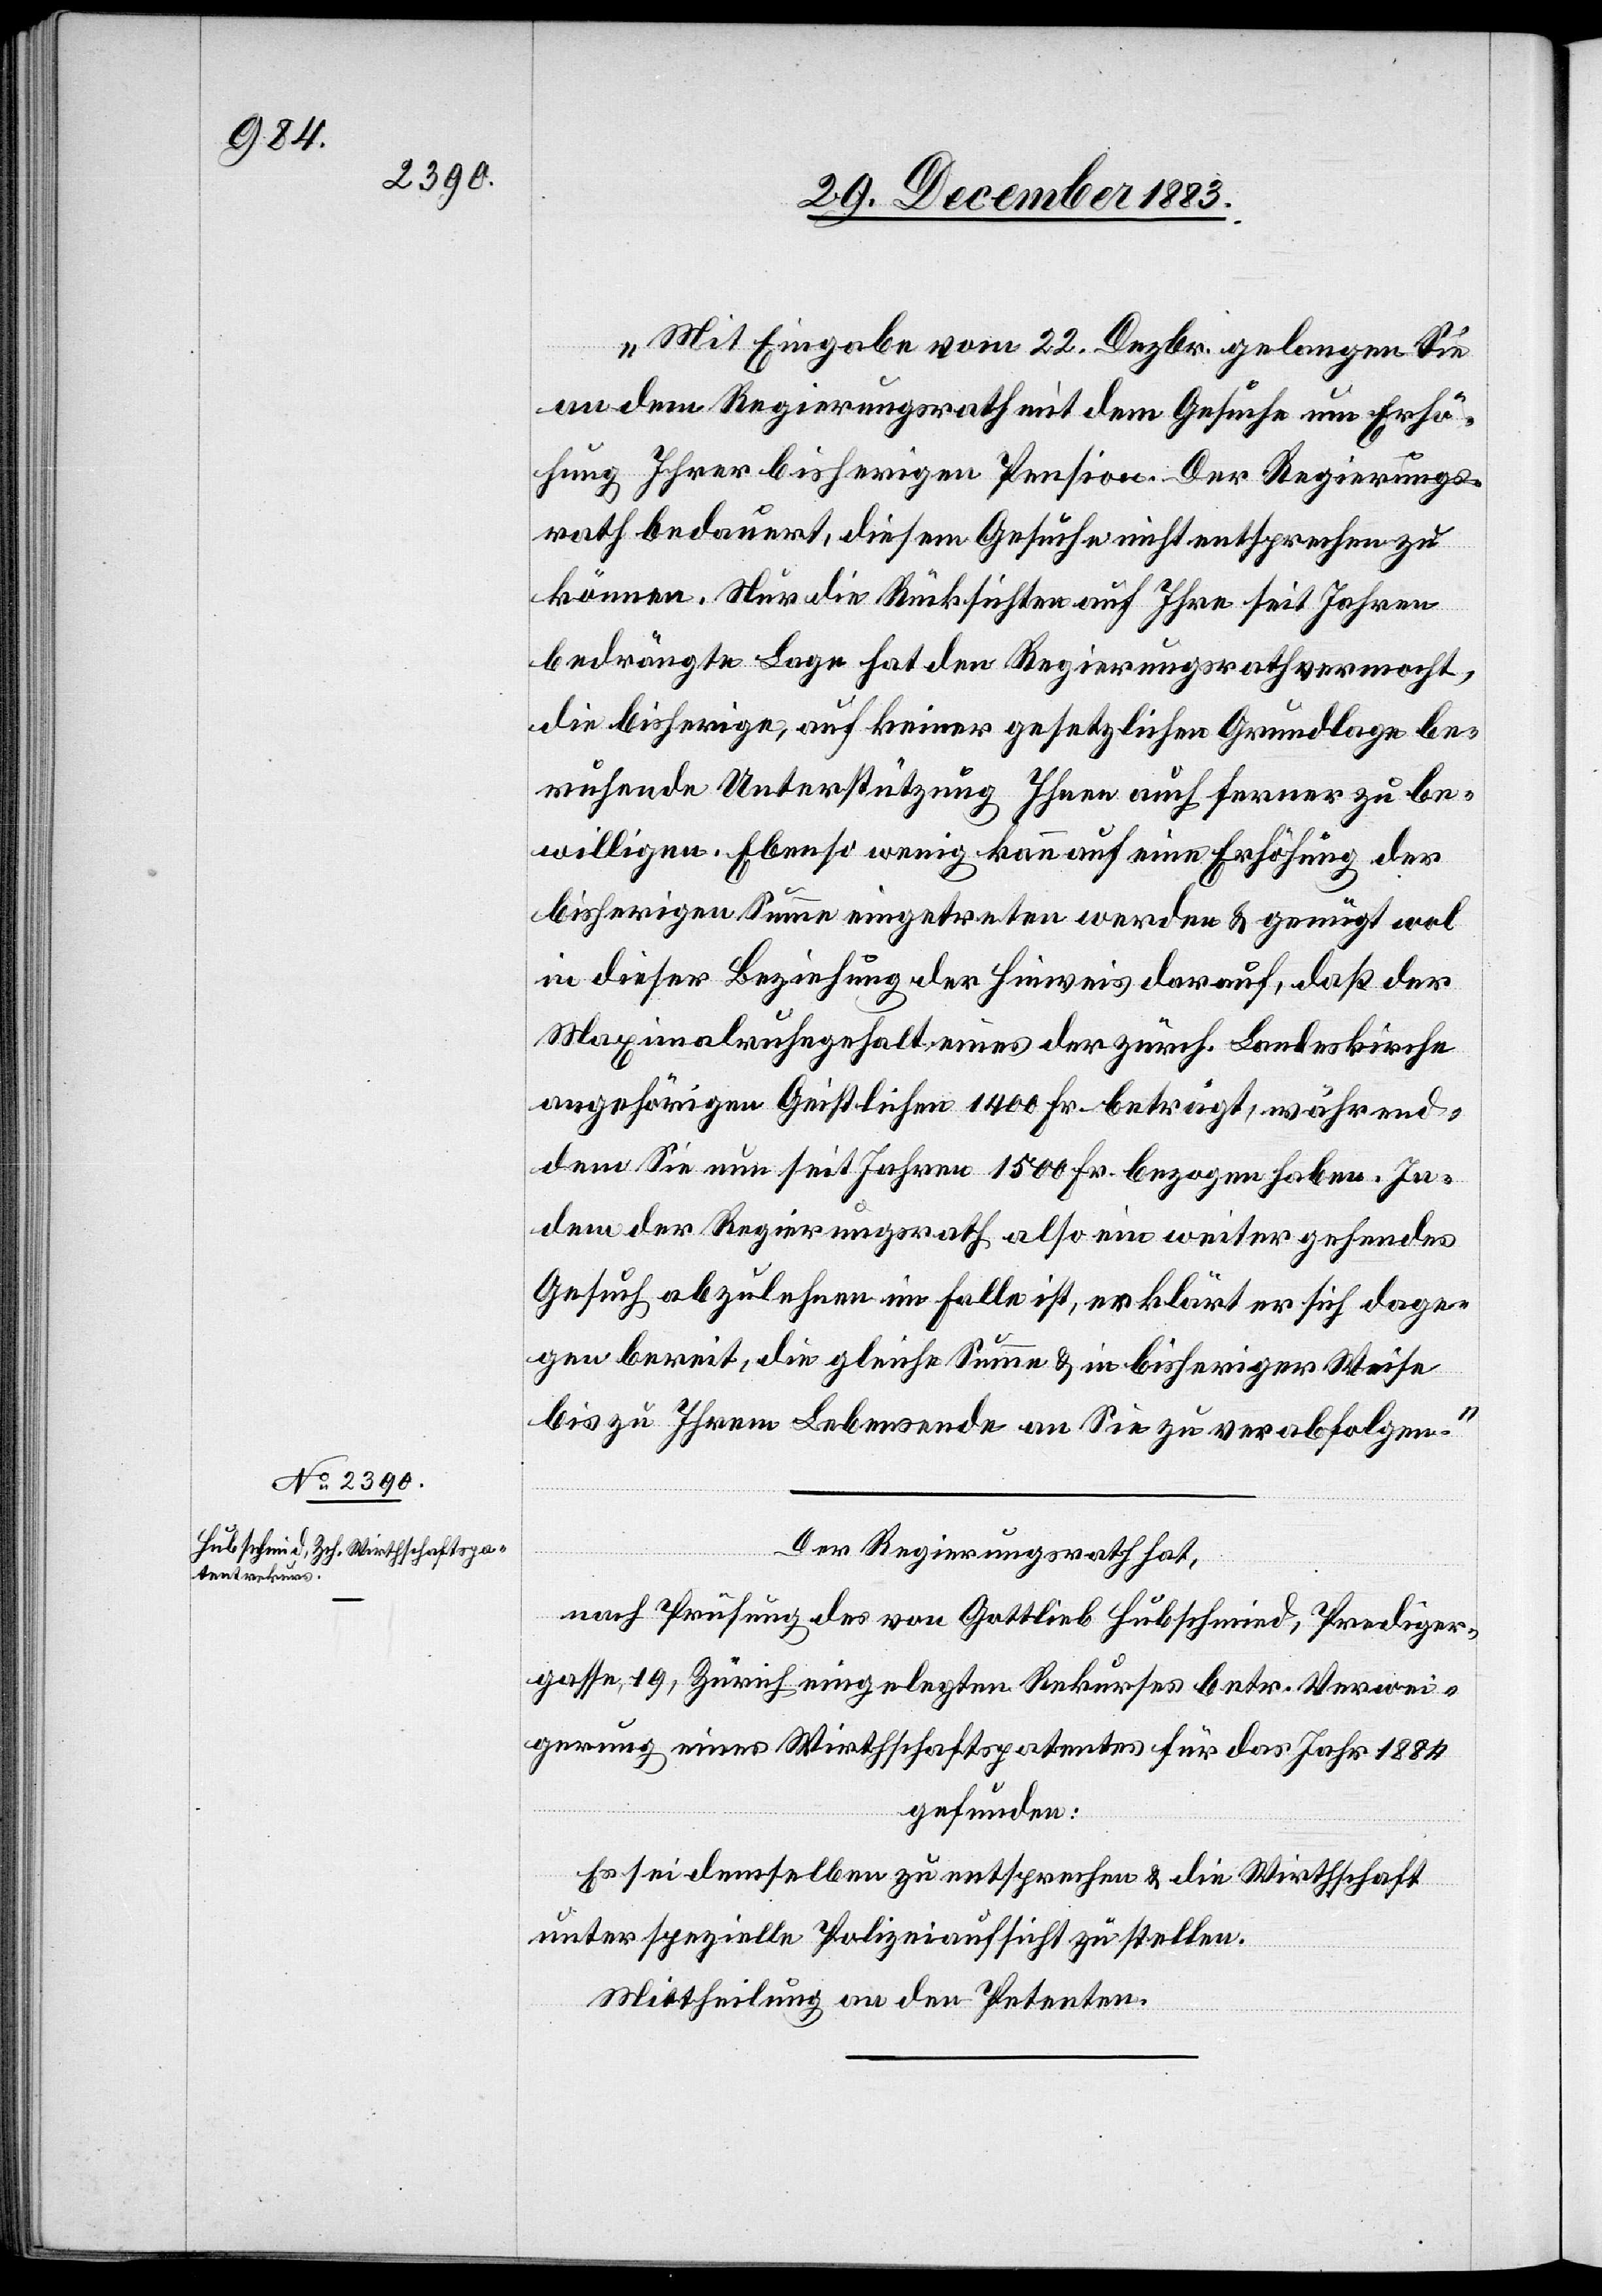
„Mit Eingabe vom 22. Dezbr. gelangen Sie
öhung Ihrer bisherigen Pension. Der Regierungs¬
rath bedauert, diesem Gesuche nicht entsprechen zu
können. Nur die Rücksichten auf Ihre seit Jahren
bedrängte Lage hat den Regierungsrath vermocht,
die bisherige, auf keiner gesetzlichen Grundlage be¬
ruhende Unterstützung Ihnen auch ferner zu be¬
willigen. Ebenso wenig kann auf eine Erhöhung der
bisherigen Summe eingetreten werden & genügt wol
in dieser Beziehung der Hinweis darauf, daß der
Maximalruhegehalt eines der zürch. Landeskirche
angehörigen Geistlichen 1400 Fr. beträgt, während¬
dem Sie nun seit Jahren 1500 Fr. bezogen haben. In¬
dem der Regierungsrath also ein weitergehendes
Gesuch abzulehnen im Falle ist, erklärt er sich dage¬
gen bereit, die gleiche Summe & in bisheriger Weise
bis zu Ihrem Lebensende an Sie zu verabfolgen.“
Erh¬
Der Regierungsrath hat,
nach Prüfung des von Gottlieb Hubschmid, Prediger¬
gasse, 19, Zürich eingelegten Rekurses betr. Verwei¬
gerung eines Wirthschaftspatentes für das Jahr 1884
gefunden:
Es sei demselben zu entsprechen & die Wirthschaft
unter spezielle Polizeiaufsicht zu stellen.
Mittheilung an den Petenten.